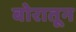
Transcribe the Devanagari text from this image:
बोरातून